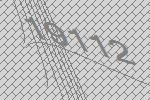
19112